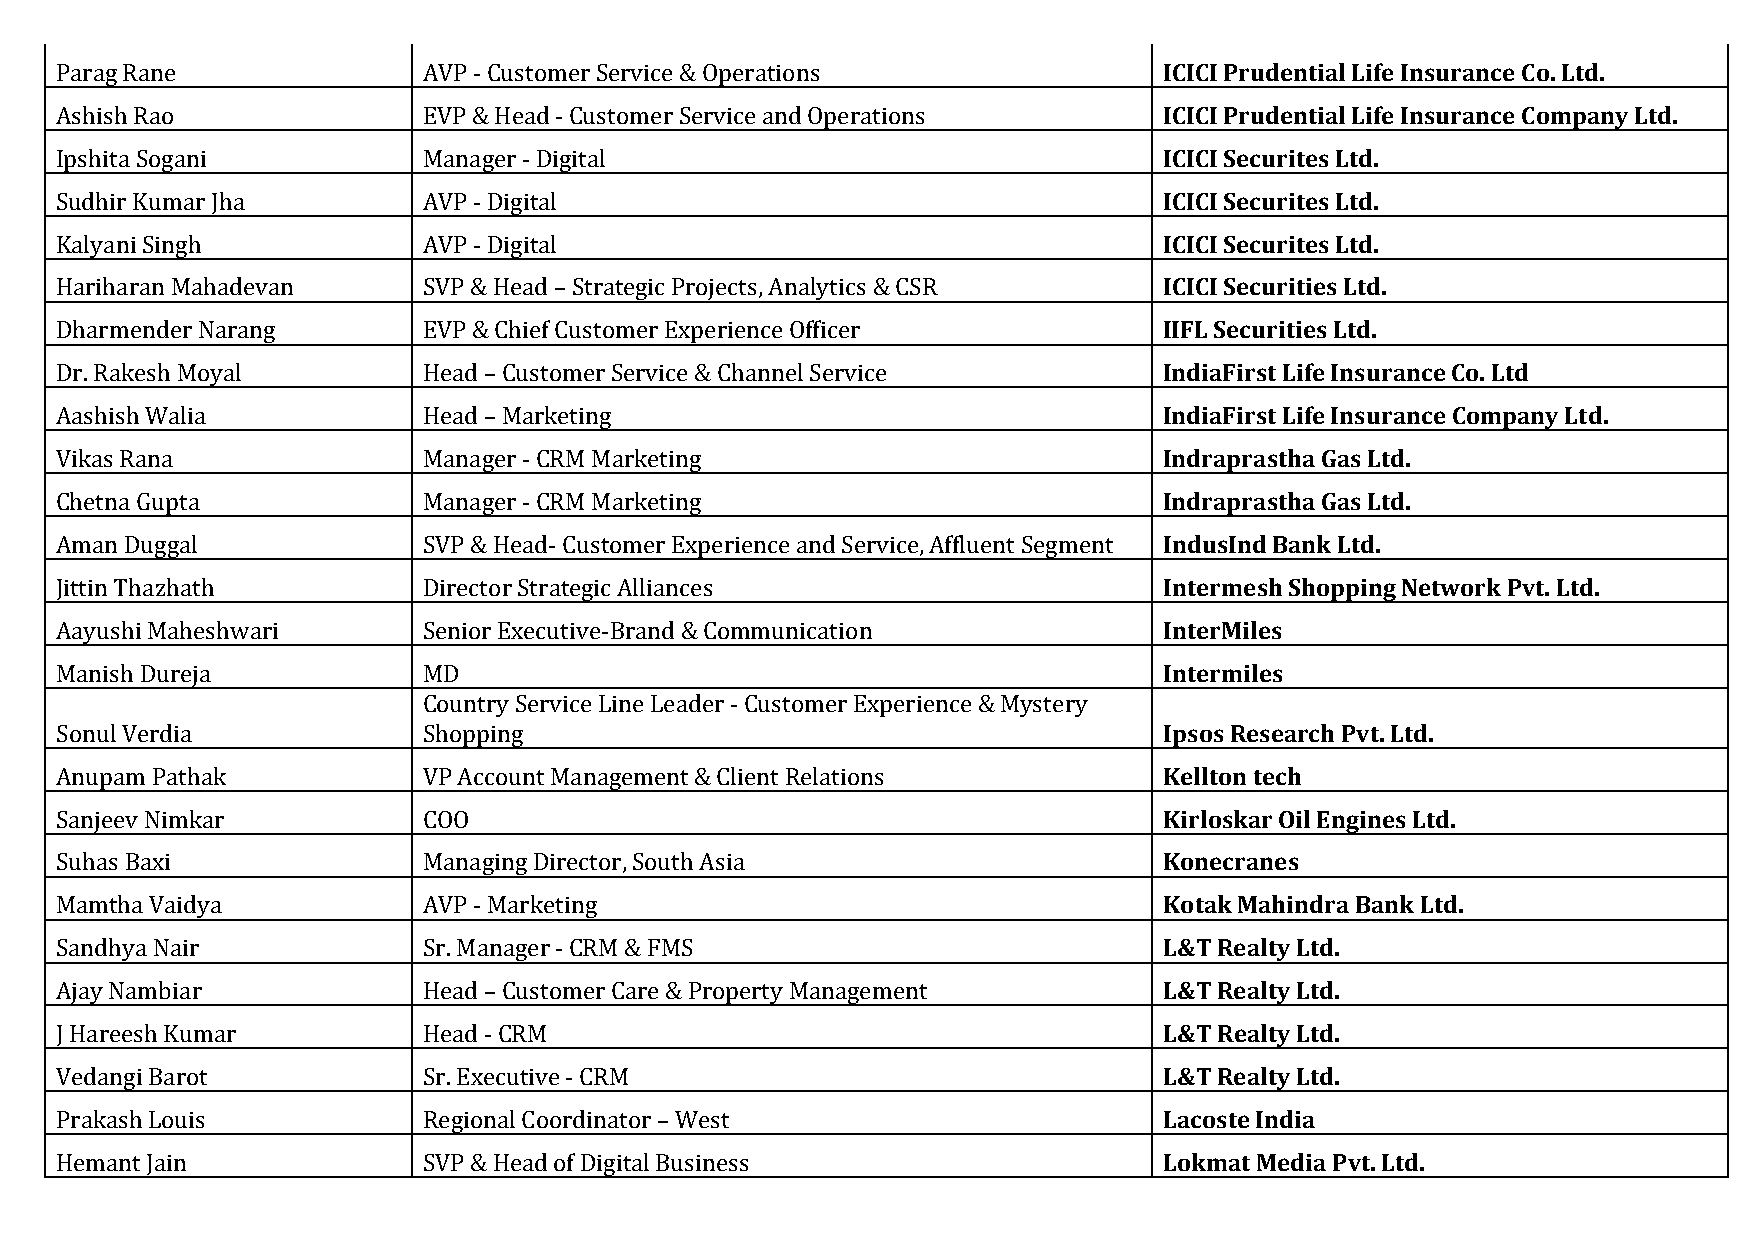
Parag Rane              AVP - Customer Service & Operations              ICICI Prudential Life Insurance Co. Ltd.
 Ashish Rao              EVP & Head - Customer Service and Operations     ICICI Prudential Life Insurance Company Ltd.
 Ipshita Sogani          Manager - Digital                                ICICI Securites Ltd.
 Sudhir Kumar Jha        AVP - Digital                                    ICICI Securites Ltd.
 Kalyani Singh           AVP - Digital                                    ICICI Securites Ltd.
 Hariharan Mahadevan     SVP & Head – Strategic Projects, Analytics & CSR ICICI Securities Ltd.
 Dharmender Narang       EVP & Chief Customer Experience Officer          IIFL Securities Ltd.
 Dr. Rakesh Moyal        Head – Customer Service & Channel Service        IndiaFirst Life Insurance Co. Ltd
 Aashish Walia           Head – Marketing                                 IndiaFirst Life Insurance Company Ltd.
 Vikas Rana              Manager - CRM Marketing                          Indraprastha Gas Ltd.
 Chetna Gupta            Manager - CRM Marketing                          Indraprastha Gas Ltd.
 Aman Duggal             SVP & Head- Customer Experience and Service, Affluent Segment IndusInd Bank Ltd.
 Jittin Thazhath         Director Strategic Alliances                     Intermesh Shopping Network Pvt. Ltd.
 Aayushi Maheshwari      Senior Executive-Brand & Communication           InterMiles
 Manish Dureja           MD                                               Intermiles
 Country Service Line Leader - Customer Experience & Mystery
 Sonul Verdia            Shopping                                         Ipsos Research Pvt. Ltd.
 Anupam Pathak           VP Account Management & Client Relations         Kellton tech
 Sanjeev Nimkar          COO                                              Kirloskar Oil Engines Ltd.
 Suhas Baxi              Managing Director, South Asia                    Konecranes
 Mamtha Vaidya           AVP - Marketing                                  Kotak Mahindra Bank Ltd.
 Sandhya Nair            Sr. Manager - CRM & FMS                          L&T Realty Ltd.
 Ajay Nambiar            Head – Customer Care & Property Management       L&T Realty Ltd.
 J Hareesh Kumar         Head - CRM                                       L&T Realty Ltd.
 Vedangi Barot           Sr. Executive - CRM                              L&T Realty Ltd.
 Prakash Louis           Regional Coordinator – West                      Lacoste India
 Hemant Jain             SVP & Head of Digital Business                   Lokmat Media Pvt. Ltd.